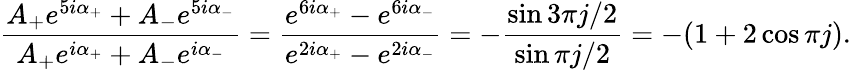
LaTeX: \frac{A_{+}e^{5i\alpha_{+}}+A_{-}e^{5i\alpha_{-}}}{A_{+}e^{i\alpha_{+}}+A_{-}e^{i\alpha_{-}}}=\frac{e^{6i\alpha_{+}}-e^{6i\alpha_{-}}}{e^{2i\alpha_{+}}-e^{2i\alpha_{-}}}=-\frac{\sin 3\pi j/2}{\sin\pi j/2}=-(1+2\cos\pi j).